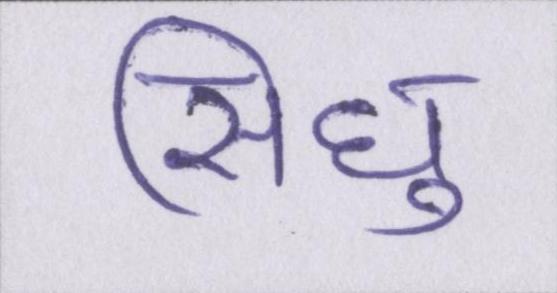
सिंधु